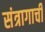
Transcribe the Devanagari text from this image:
संत्रागाची